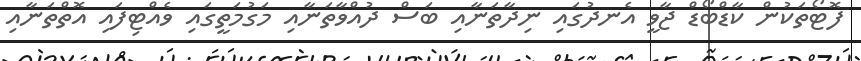
ފޮޓޯތަކުން ކާޑްބޯޑް ޖާވީ އެނދުގައި ނިދާތަނާއި ބަސް ދުއްވާތަނާއި މަގުމަތީގައި ވެއްޓިފައި އޮތްތަނާއި